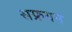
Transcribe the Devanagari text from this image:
सफ्रगन